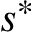
s ^ { * }